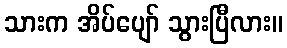
သားက အိပ်ပျော် သွားပြီလား။